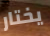
يختار